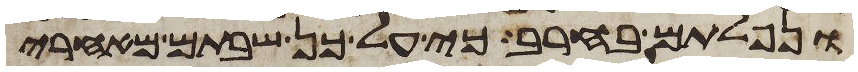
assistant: ונפלתם בחרב כי על כן שבתם מאחרי